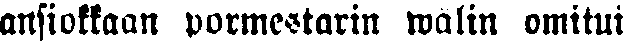
ansiokkaan pormestarin wälin omitui